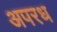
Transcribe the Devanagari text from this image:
अपरध